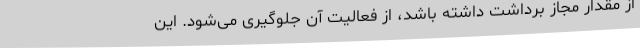
از مقدار مجاز برداشت داشته باشد، از فعالیت آن جلوگیری می‌شود. این